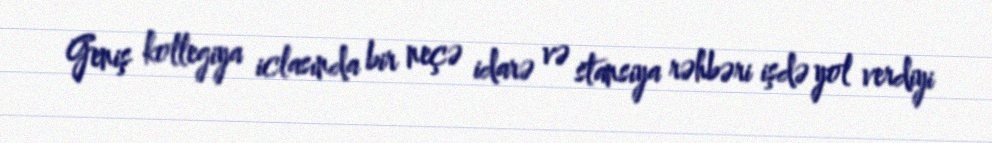
Geniş kollegiya iclasında bir neçə idarə və stansiya rəhbəri işdə yol verdiyi